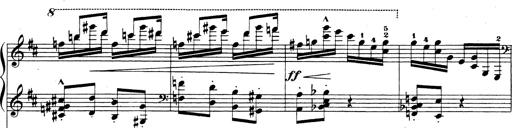
Title: Rhapsodie espagnole
Composer: Franz Liszt